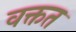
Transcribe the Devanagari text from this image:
वक्तत